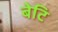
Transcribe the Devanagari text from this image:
बेटि